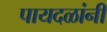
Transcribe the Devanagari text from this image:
पायदळांनी